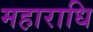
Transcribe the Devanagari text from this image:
महाराधि